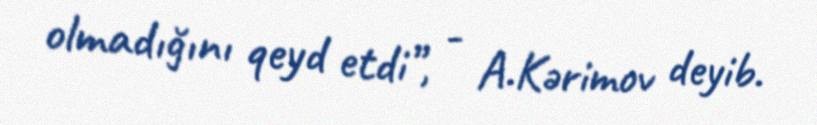
olmadığını qeyd etdi”, - A.Kərimov deyib.